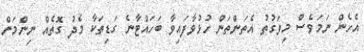
އެހެން ނަމަވެސް މިވަގުތު އެތަންތަން ހުޅުވާފައިވާ ބަހައްޓާނެ ގަޑިތަކާ މެދު ގޮތެއް ނިންމަން